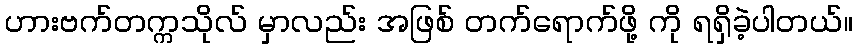
ဟားဗက်တက္ကသိုလ် မှာလည်း အဖြစ် တက်ရောက်ဖို့ ကို ရရှိခဲ့ပါတယ်။